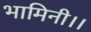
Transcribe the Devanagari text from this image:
भामिनी।।